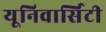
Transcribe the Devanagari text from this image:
यूनिवार्सिटी